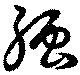
強